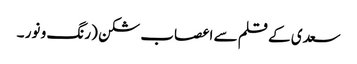
سعدی کے قلم سے	اعصاب شکن (رنگ و نور ۔